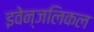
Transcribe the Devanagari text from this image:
इवेन्जलिकल